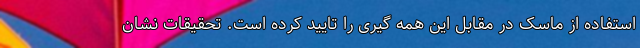
استفاده از ماسک در مقابل این همه گیری را تایید کرده است. تحقیقات نشان